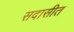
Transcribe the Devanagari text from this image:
सदासीत